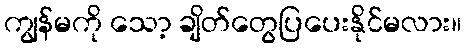
ကျွန်မကို သော့ ချိတ်တွေပြပေးနိုင်မလား။